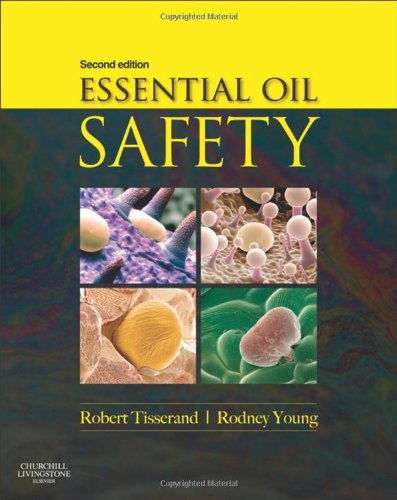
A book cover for Essential Oil Safety: A Guide for Health Care Professionals-, 2e; Robert Tisserand; Medical Books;